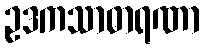
ဥဒကသာဓာရဏာ